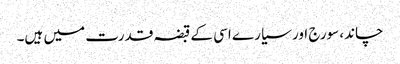
چاند، سورج اور سیارے اسی کے قبضہ قدرت میں ہیں۔